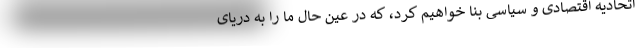
اتحادیه اقتصادی و سیاسی بنا خواهیم کرد، که در عین حال ما را به دریای